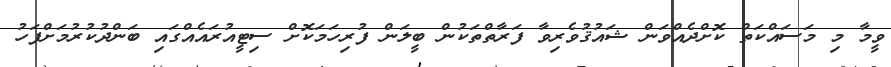
ވީމާ މި މަސައްކަތް ކޮށްދެއްވަން ޝައުޤުވެރިވާ ފަރާތްތަކުން ބީލަން ފުރިހަމަކޮށް ސިޓީއުރައެއްގައި ބަންދުކުރުމަށްފަހު